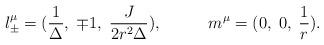
LaTeX: \begin{align*}l^\mu_\pm=(\frac{1}{\Delta},\;\mp1,\;\frac{J}{2r^2\Delta}),\;\;\;\;\;\;\;\;\;\;m^\mu=(0,\;0,\;\frac{1}{r}).\end{align*}